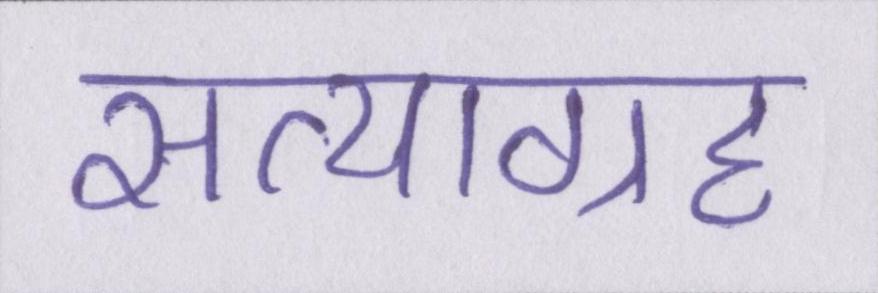
सत्याग्रह